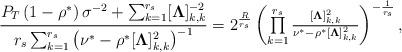
LaTeX: \begin{align*}\frac{P_T\left(1-\rho^*\right)\sigma^{-2}+\sum_{k=1}^{r_s} [\boldsymbol{\Lambda}]_{k,k}^{-2}}{r_s\sum_{k=1}^{r_s}\left(\nu^*-\rho^*[\boldsymbol{\Lambda}]_{k,k}^2\right)^{-1}}=2^{\frac{{R}}{r_s}}\left(\textstyle\prod\limits_{k=1}^{r_s}\frac{[\boldsymbol{\Lambda}]_{k,k}^2}{\nu^*-\rho^*[\boldsymbol{\Lambda}]_{k,k}^2}\right)^{-\frac{1}{r_s}},\end{align*}